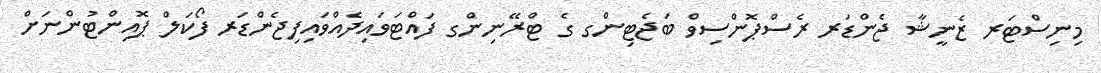
މިނިސްޓަރ ޒެނީޝާ ޖެންޑަރ ރެސްޕޮންސިވް ބަޖެޓިންގ ގެ ޓްރޭނިންގ ފައްޓަވައިދެއްވައިފިޖެންޑަރ ފޯކަލް ޕޮއިންޓުންނަށް